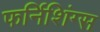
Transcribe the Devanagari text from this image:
फर्निशिंग्स